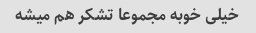
خیلی خوبه مجموعا تشکر هم میشه